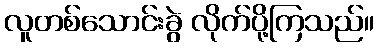
လူတစ်သောင်းခွဲ လိုက်ပို့ကြသည်။